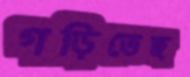
গড়িতেছ